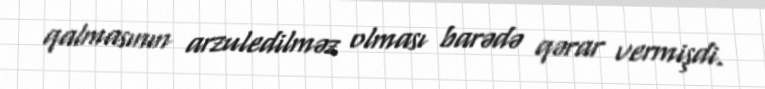
qalmasının arzuledilməz olması barədə qərar vermişdi.